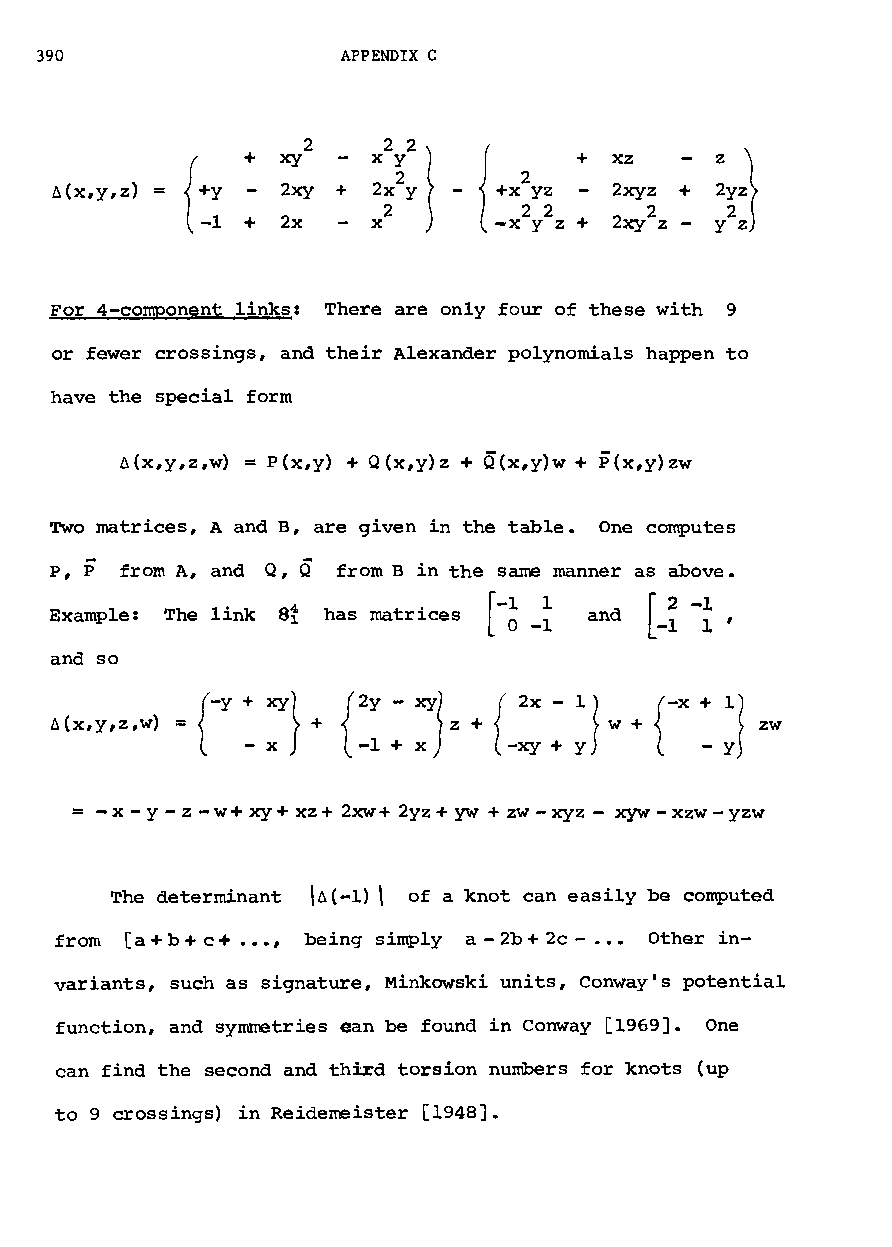
390                  APPENDIX C
 2
 +  xy                    xz
 ~(x,y,z)  +Y    2xy +                 2xyz +
 {                              2
 -1 +  2x                    2xy z -
 For 4-component links: There are only four of these with 9
 or fewer crossings, and their Alexander polynomials happen to
 have the special form
 6{x,y,z,w) = p(x,y) + Q(x,y)z + Q(x,y)w + P(x,y)zw
 Two matrices, A and B, are given in the table. One computes
 P, P from A, and Q, Q from B in the same manner as above.
 at             -1 1
 Example: The link has matrices
 [ o -1
 and so
 ~(x,y,z,w)
 ={-y + XY} +
 {2Y
 - XYlz + {
 2x -
 li w +
 {-X
 +
 11
 zw
 - x        x)
 -1 +      -xy + Y     - Y
 = - x - y - z - w+ xy+ xz+ 2xw+ 2yz+ yw + zw - xyz - xyw- xzw- yzw
 The determinant \~(-l) \ of a knot can easily be computed
 from [a+b + c+ •••, being simply a - 2b+ 2c - ••• Other in-
 variants, such as signature, Minkowski units, conway's potential
 function, and symmetries ean be found in Conway [1969]. One
 can find the second and third torsion numbers for knots (up
 to 9 crossings) in Reidemeister [1948J.